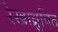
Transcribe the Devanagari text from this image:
रेखाध्रुवित